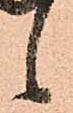
候